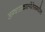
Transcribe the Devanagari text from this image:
अग्वासकाल्येंतेसमधील